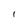
Character: I